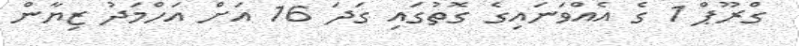
ގްރޫޕް 1 ގެ އެއްވަނައިގެ ގޮތުގައި ގަދަ 16 އަށް އަހްމަދު ޒިޔާން